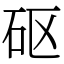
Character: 𥐰